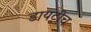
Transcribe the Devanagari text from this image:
डायट्रीच